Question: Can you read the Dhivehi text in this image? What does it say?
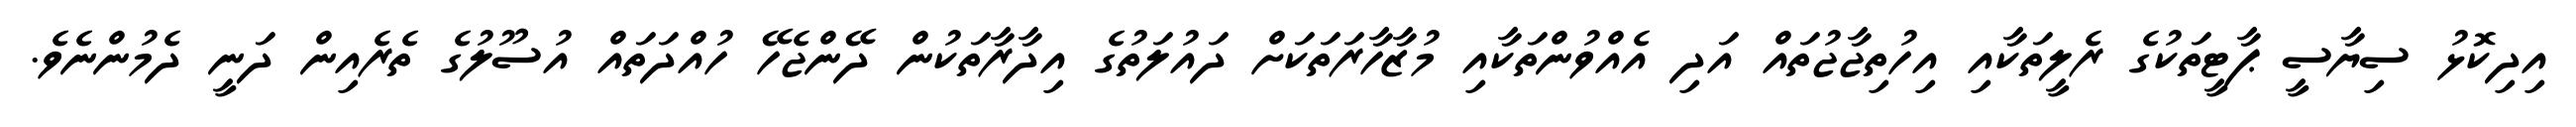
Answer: އިދިކޮޅު ސިޔާސީ ޕާޓީތަކުގެ ރެލީތަކާއި އިހުތިޖާޖުތައް އަދި އެއްވުންތަކާއި މުޒާހާރަތަކަށް ދައުލަތުގެ އިދާރާތަކުން ދޭންޖެހޭ ހުއްދަތައް އުސޫލުގެ ތެރެއިން ދަނީ ދެމުންނެވެ.